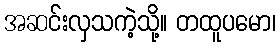
အဆင်းလှသကဲ့သို့။ တထူပမော၊